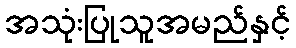
အသုံးပြုသူအမည်နှင့်